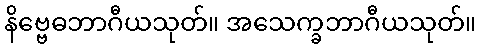
နိဗ္ဗေဓဘာဂီယသုတ်။ အသေက္ခဘာဂီယသုတ်။